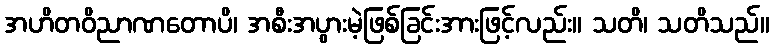
အဟိတဝိညာဏတောပိ၊ အစီးအပွားမဲ့ဖြစ်ခြင်းအားဖြင့်လည်း။ သတိ၊ သတိသည်။